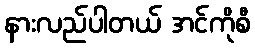
နားလည်ပါတယ် အင်ကိုစီ